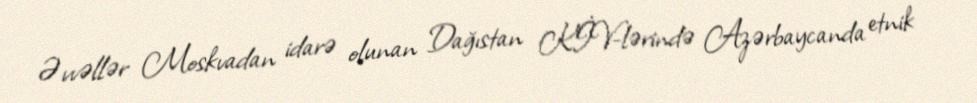
Əvvəllər Moskvadan idarə olunan Dağıstan KİV-lərində Azərbaycanda etnik